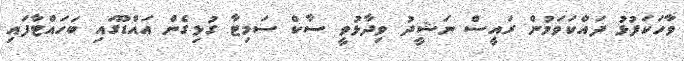
ވާހަކަފުޅު ދައްކަވަމުން ރައީސް ނަޝީދު ވިދާޅުވީ ސާކް ސަމިޓާ ގުޅިގެން އައްޑޫގައި ބަހައްޓާފައި